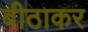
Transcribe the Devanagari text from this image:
बीठाकर